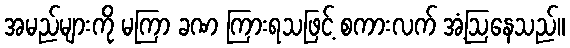
အမည်များကို မကြာ ခဏ ကြားရသဖြင့် စကားလက် အံ့ဩနေသည်။